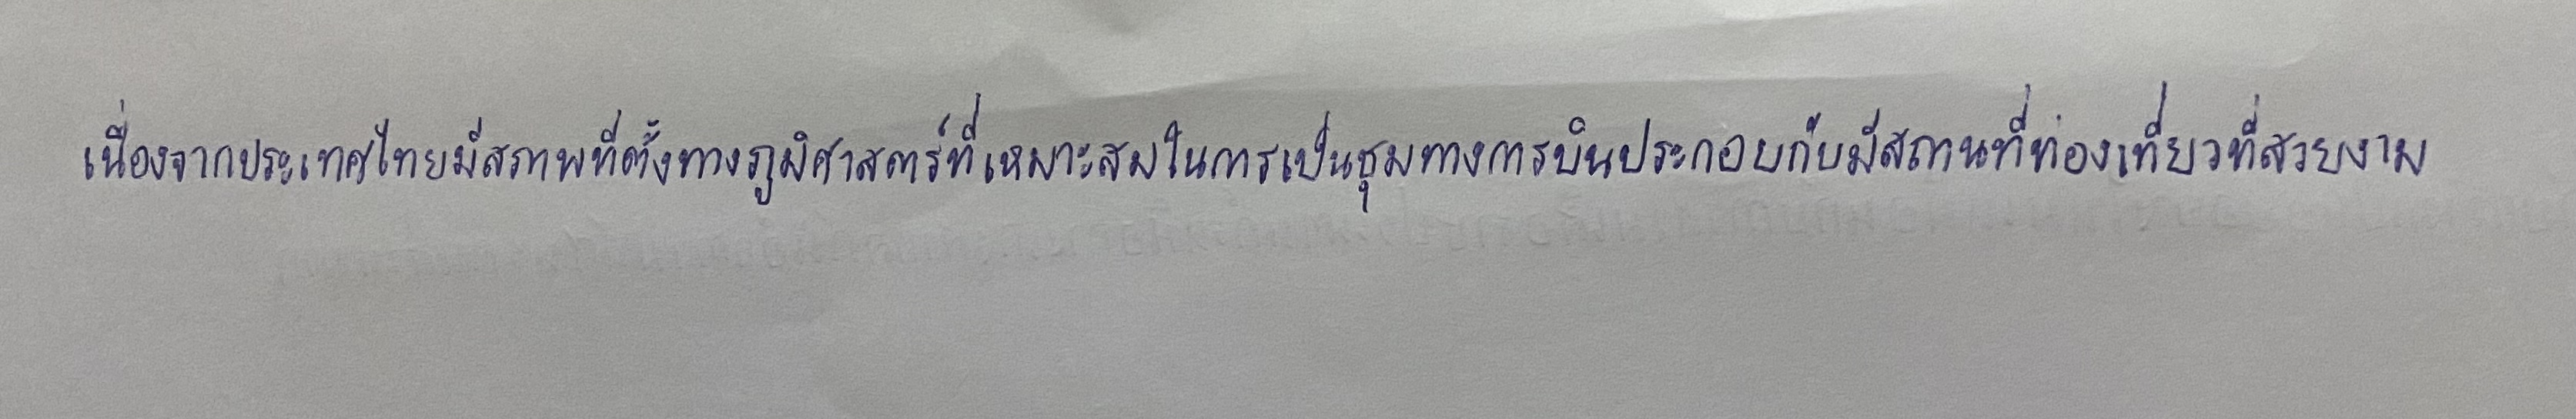
เนื่องจากประเทศไทยมีสภาพที่ตั้งทางภูมิศาสตร์ที่เหมาะสมในการเป็นชุมทางการบินประกอบกับมีสถานที่ท่องเที่ยวที่สวยงาม